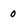
Character: 0